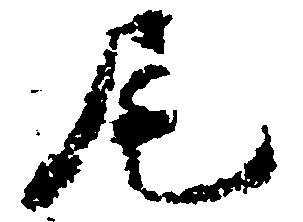
尾